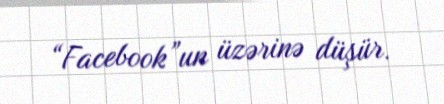
“Facebook”un üzərinə düşür.